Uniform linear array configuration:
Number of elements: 64
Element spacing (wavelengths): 0.25
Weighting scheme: cosine
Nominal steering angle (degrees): -60
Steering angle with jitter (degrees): -59.639
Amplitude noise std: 0.05
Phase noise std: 0.05

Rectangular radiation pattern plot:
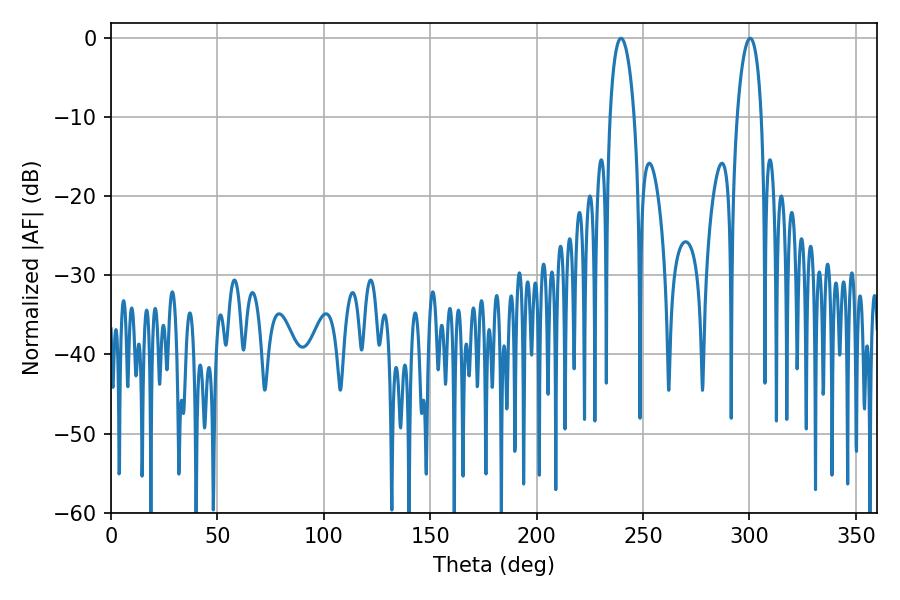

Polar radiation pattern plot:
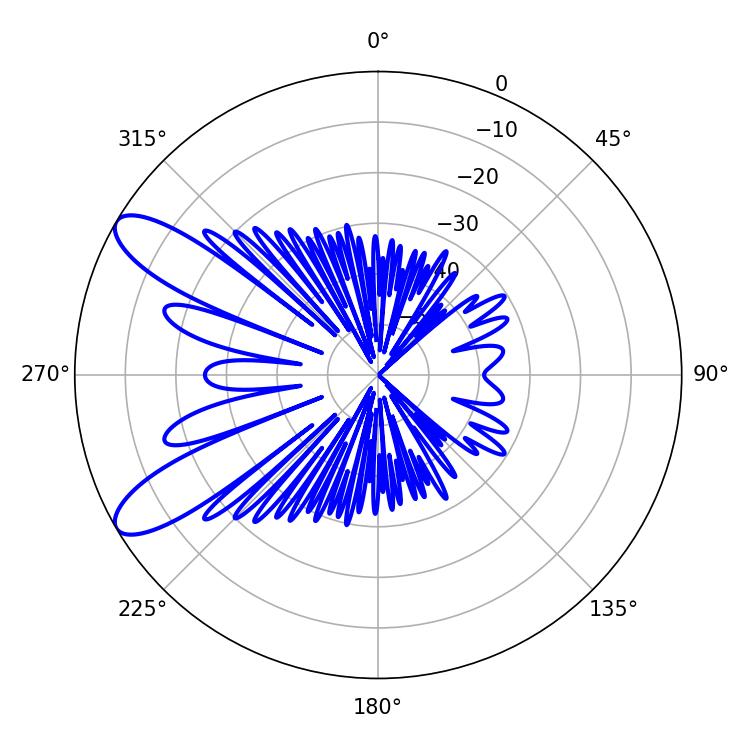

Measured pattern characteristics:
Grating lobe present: FALSE
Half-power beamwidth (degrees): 6.48
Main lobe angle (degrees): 239.58